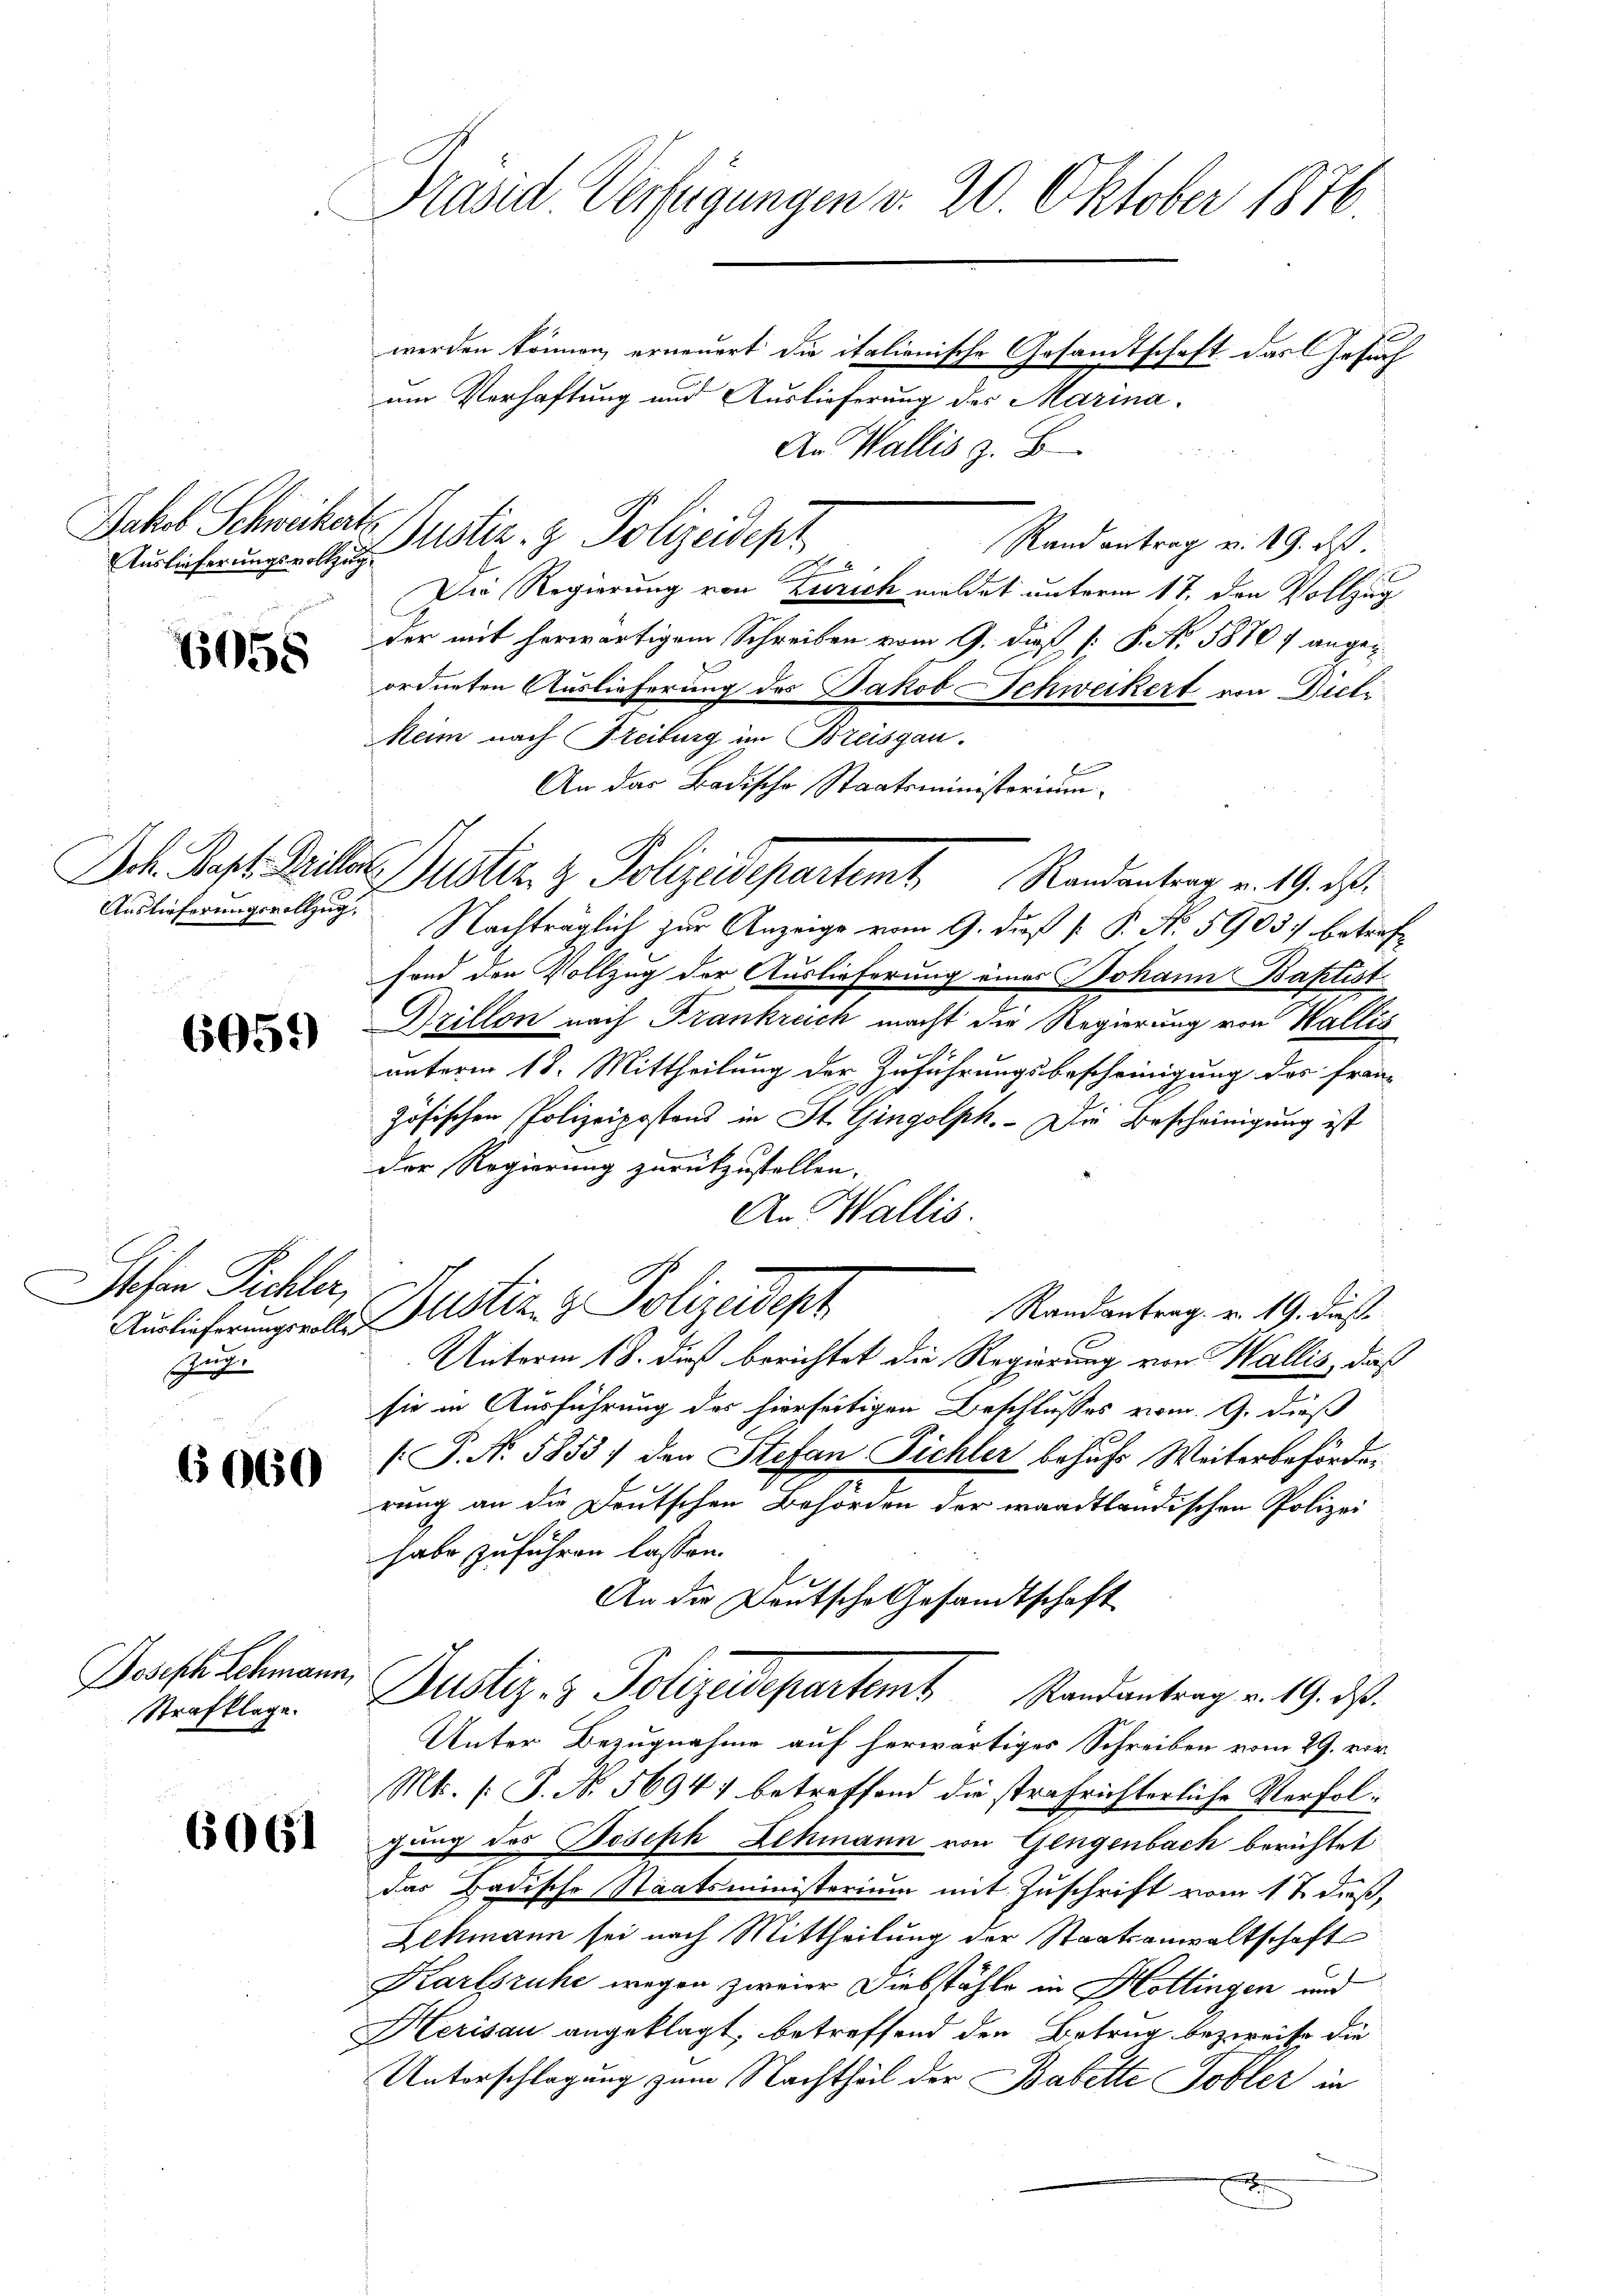
Auslieferungsvollzug.

6058

Auslieferungsvollzug.

6059)

Jochen Pichler,
such

6060

Joseph Schmann,

Präsid. Verfügungen v. 20. Oktober 1876.
e

werden können, erneuert die italionische Gesamtschaft das Gesuch
um Verhaftung und Auslieferung des Marina¬
An Wallis z. B
Rand antrag v. 19. ds.
Die Regierung von Zürich meldet unterm 17. den Vollzug
der mit herwärtigem Schreiben vom 9. dieß P. No. 5870 f angeordneten Auslieferung des Jakob Schweikert von Dieli
Mein nach Freiburg im Breisgau.
An das Badische Staatsministerium
Joh. Sept. Dritter Justiz & Polizeidepartemt. Randantrag v. 19. ds.
Nachträglich zur Anzeige vom 9. dieß P. P. No. 5903 betreff
fond den Vollzug der Auslieferung eines Johann Baptist.
Drillon nach Frankreich macht die Regierung von Wallis
unterm 18. Mittheilung der Zuführungsbescheinigung des fran-
zösischen Polizeipostens in St. Gingolph. - Die Bescheinigung ist
der Regierung zurükzustellen.
An Wallis.
Randantrag. v. 19. dieß.
Amlicherungenden Justiz- & Polizeidept
Unterm 18. dieß berichtet die Regierung von Wallis, daß
sie in Ausführung des hierseitigen Beschlusses vom 9. dieß
[P. Nr. 5853) den Stefan Pichler behufs Weiterbeförderung an die Deutschen Behörden der waadtländischen Polizei
habe zuführen lassen.
An die Deutsche Gesandtschaft
Strafklage Justiz- & Polizeidepartemt Randantrag v. 19. ds.
Unter Bezugnahme auf herwärtiges Schreiben vom 29. vor
Mt. [S. Nr. 56947 betreffend die strafrichterliche Verfolgung des Beseph Lehmann von Gengenbach berichtet
das Badische Staatsministerium mit Zuschrift vom 17 dieß,
Lehmann sei nach Mittheilung der Staatsanwaltschaft
Karlsruhe wegen zweier Diebstähle in Hottingen und
Herisau angeklagt, betreffend den Betrug bezweife die
Unterschlagung zum Nachtheil der Babette Tobler in
x

Jakob Schweikerts Justiz- & Polizeidep

d